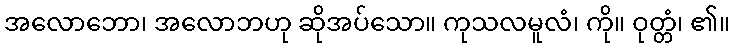
အလောဘော၊ အလောဘဟု ဆိုအပ်သော။ ကုသလမူလံ၊ ကို။ ဝုတ္တံ၊ ၏။